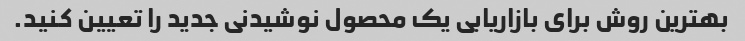
بهترین روش برای بازاریابی یک محصول نوشیدنی جدید را تعیین کنید.